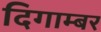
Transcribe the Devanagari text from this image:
दिगाम्बर